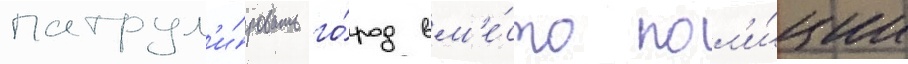
патрул'и́ровать го́род вм'е́сто пол'и́ции